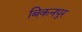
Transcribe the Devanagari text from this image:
बिकनपुर